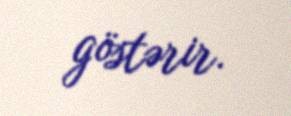
göstərir.